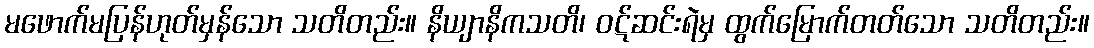
မဖောက်မပြန်ဟုတ်မှန်သော သတိတည်း။ နိယျာနိကသတိ၊ ဝဋ်ဆင်းရဲမှ ထွက်မြောက်တတ်သော သတိတည်း။